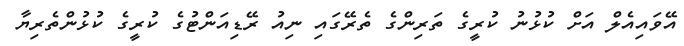
އޭވައިއެލް އަށް ކުޅުނު ކުރީގެ ތަރިންގެ ތެރޭގައި ނިއު ރޭޑިއަންޓުގެ ކުރީގެ ކުޅުންތެރިޔާ